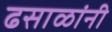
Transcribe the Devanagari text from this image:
ढसाळांनी